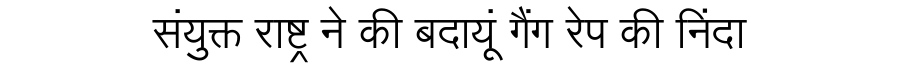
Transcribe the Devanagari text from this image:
संयुक्त राष्ट्र ने की बदायूं गैंग रेप की निंदा